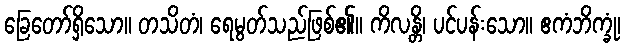
ခြေတော်ရှိသော။ တသိတံ၊ ရေမွတ်သည်ဖြစ်၏။ ကိလန္တိ၊ ပင်ပန်းသော။ ဧကံဘိက္ခုံ၊